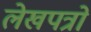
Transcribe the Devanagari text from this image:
लेखपत्रों